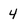
Character: 4